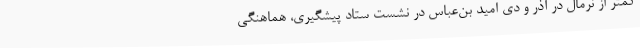
کمتر از نرمال در آذر و دی امید بن‌عباس در نشست ستاد پیشگیری، هماهنگی